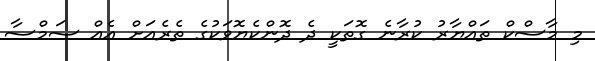
މި މާސްކް ތައްޔާރު ކުރާނެ ގޮތަކީ ދެ ދޮންކެޔޮވަކުގެ ތެރެއަށް އެއް ސަމްސާ